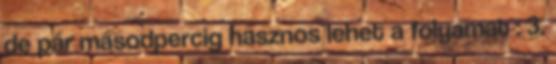
de pár másodpercig hasznos lehet a folyamat : 3.